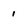
Character: 1